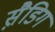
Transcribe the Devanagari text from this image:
स़ैडिग